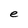
Character: e